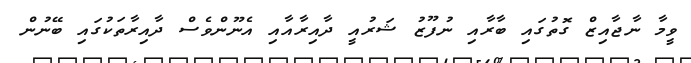
ވީމާ ނާޖާއިޒް ގޮތުގައި ބާރާއި ނުފޫޒު ޝަރުއީ ދާއިރާއާއި އެނޫންވެސް ދާއިރާތަކުގައި ބޭނުން